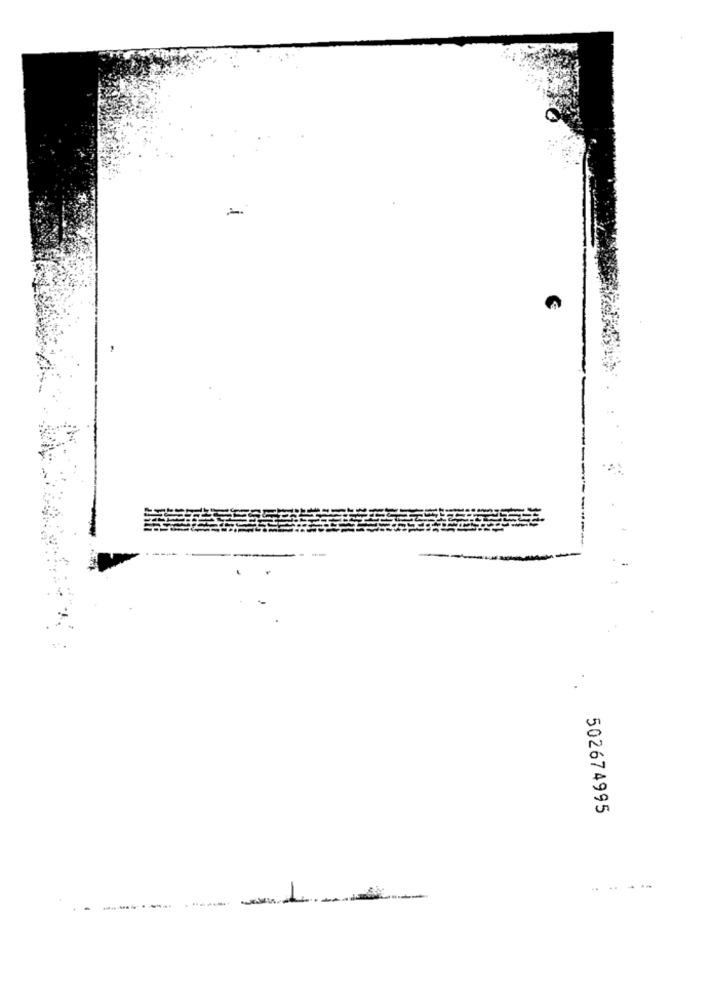
502674995
..